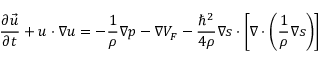
\frac { \partial \vec { u } } { \partial t } + \boldsymbol { u } \cdot \boldsymbol { \nabla } \boldsymbol { u } = - \frac { 1 } { \rho } \boldsymbol { \nabla } p - \boldsymbol { \nabla } V _ { F } - \frac { { \hbar } ^ { 2 } } { 4 \rho } \boldsymbol { \nabla } \boldsymbol { s } \cdot \left[ \boldsymbol { \nabla } \cdot \left( \frac { 1 } { \rho } \boldsymbol { \nabla } \boldsymbol { s } \right) \right]